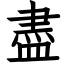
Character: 盡